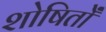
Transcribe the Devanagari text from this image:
शोषितोँ